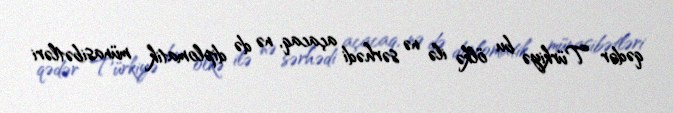
qədər Türkiyə bu ölkə ilə nə sərhədi açacaq, nə də diplomatik münasibətləri